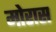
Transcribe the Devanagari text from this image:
मोरास